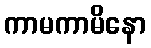
ကာမကာမိနော